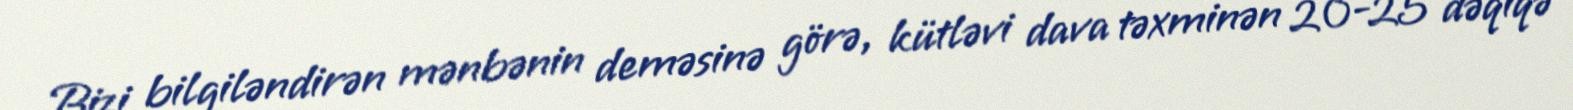
Bizi bilgiləndirən mənbənin deməsinə görə, kütləvi dava təxminən 20-25 dəqiqə